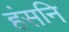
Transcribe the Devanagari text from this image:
हंसनि